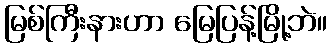
မြစ်ကြီးနားဟာ မြေပြန့်မြို့ဘဲ။